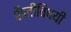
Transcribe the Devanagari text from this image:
शैलीविषयी